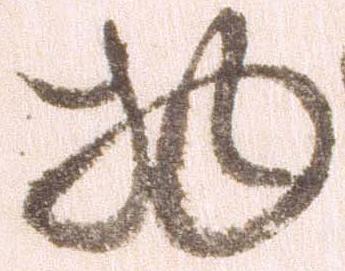
物